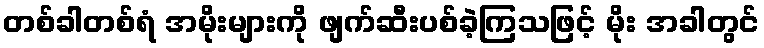
တစ်ခါတစ်ရံ အမိုးများကို ဖျက်ဆီးပစ်ခဲ့ကြသဖြင့် မိုး အခါတွင်